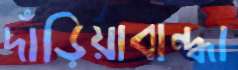
দাঁড়িয়াবান্ধা